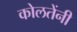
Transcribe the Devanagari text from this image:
कोलतेंनी